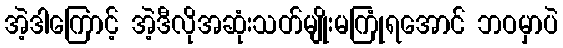
အဲ့ဒါကြောင့် အဲ့ဒီလိုအဆုံးသတ်မျိုးမကြုံရအောင် ဘဝမှာပဲ